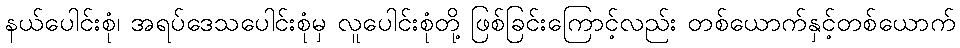
နယ်ပေါင်းစုံ၊ အရပ်ဒေသပေါင်းစုံမှ လူပေါင်းစုံတို့ ဖြစ်ခြင်းကြောင့်လည်း တစ်ယောက်နှင့်တစ်ယောက်